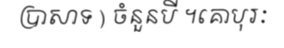
ប្រាសាទ ) ចំនួនបី ។គោបុរៈ